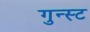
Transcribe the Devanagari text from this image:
गुन्स्ट